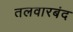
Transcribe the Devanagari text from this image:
तलवारबंद